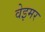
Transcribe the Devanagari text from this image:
वेइमर